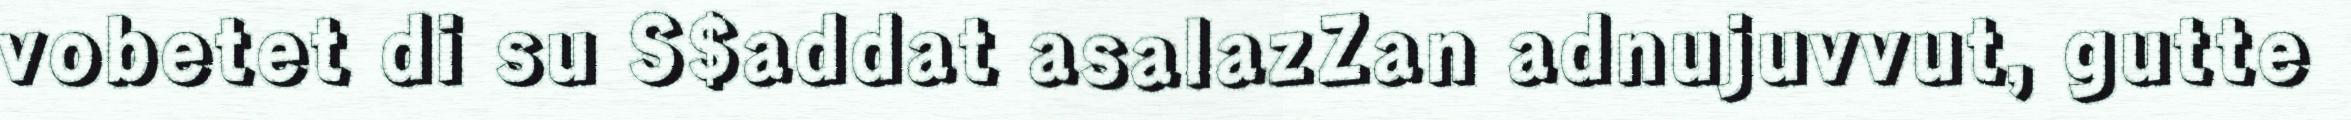
vobetet di su S$addat asalazZan adnujuvvut, gutte